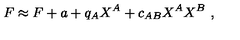
F \approx F + a + q _ { A } X ^ { A } + c _ { A B } X ^ { A } X ^ { B } \ ,